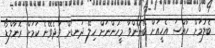
ބެލުމަށް ހާއްސަ އެހީއަށް ބޭނުންވާ މީހުންނަށް ހިލޭ ދަނޑަށް ވަދެވޭނެ ކަމަށް ރޮނާލްޑޯ